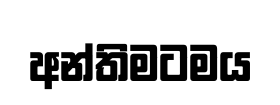
අන්තිමටමය